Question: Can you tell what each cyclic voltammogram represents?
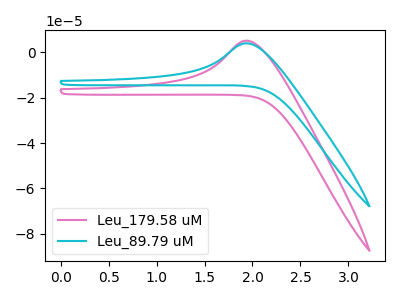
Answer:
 <answer>The pink curve is labeled "Leu_179.58 uM". The cyan curve is labeled "Leu_89.79 uM".</answer>
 <eval></eval>